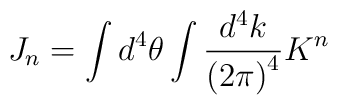
J_n=\int d^4\theta\int\frac{d^4k}{{(2\pi)}^4}K^n